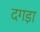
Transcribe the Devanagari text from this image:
दगड़ा